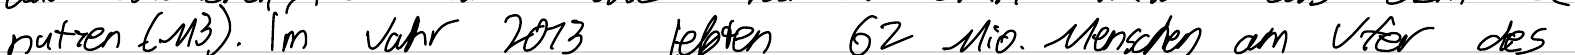
nutzen (M3). Im Jahr 2013 lebten 62 Mio. Menschen am Ufer des